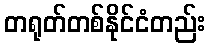
တရုတ်တစ်နိုင်ငံတည်း